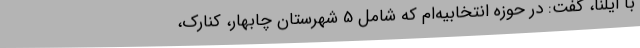
با ایلنا، گفت: در حوزه انتخابیه‌ام که شامل 5 شهرستان چابهار، کنارک،